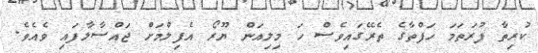
ކުރިތާ ފުރަތަމަ ހަފްތާގެ ތެރޭގައިވެސް ހަ މިލިއަން ޔޫރޯ އެފިލްމަށް ޖައްސާލާފައި ވެއެވެ.